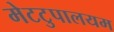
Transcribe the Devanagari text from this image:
मेटटुपालयम